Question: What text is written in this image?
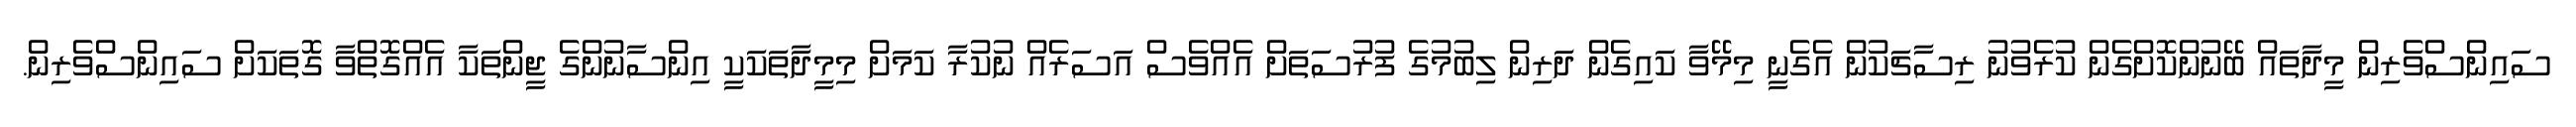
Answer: ސައިންސްވެރިން މީދާތައް ބޭނުންކޮށްގެން ކުރެވުނު ރިސާޗަކުން އެގެނީ މިމޭވާ ކައިގެން ދަރިން ލިބުމުގެ ފުރުސަތަށް އެއްވެސް އަސަރެއް ނުކުރާ ކަމަށް މިމީދާތަކަކީ އިންސާނުންގެ ޖީންތަކާ އެއްގޮތްވާ ގޮތަކަށް ސައިންސްވެރިން.